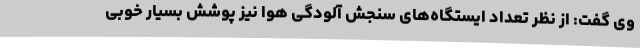
وی گفت: از نظر تعداد ایستگاه‌های سنجش آلودگی هوا نیز پوشش بسیار خوبی